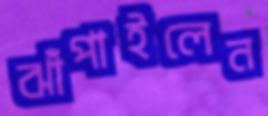
ঝাঁপাইলেন